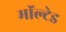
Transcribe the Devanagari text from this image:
मॉल्टेड